Vaccination in the Punjab 1883-1896 - 1883-1896
Year: 1883
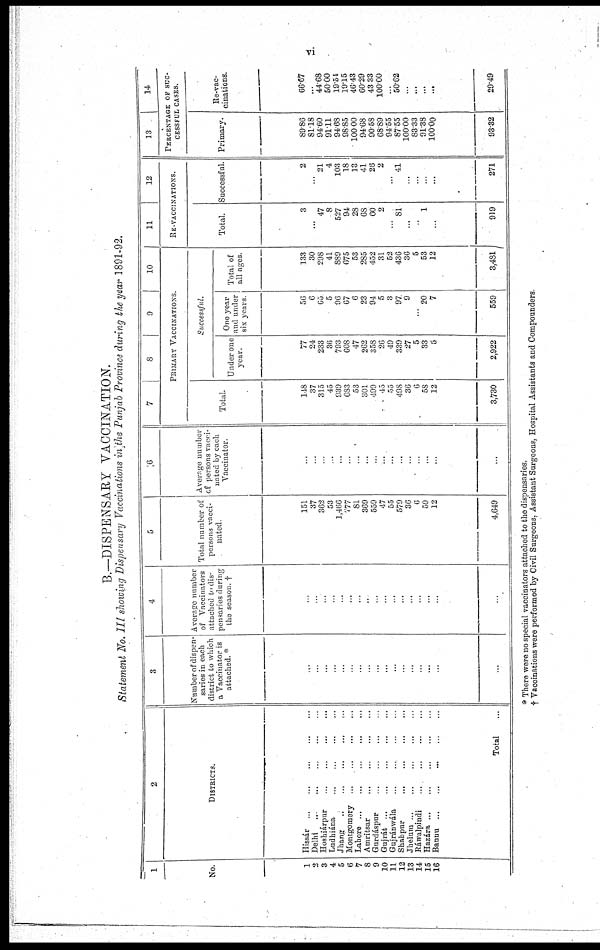
vi
B.— DISPENSARY VACCINATION.
Statement No. III showing Dispensary Vaccinations in the Punjab Province during the year 1891-92.
1
No.
1
2
3
4
5
6
7
8
9
10
11
12
13
14
15
16
2
DISTRICTS.
Hissár ... ... ... ... ...
Delhi ... ... ... ... ...
Hoshiárpur
...
...
...
...
...
Ludhiána ... ... ... ... ...
Jhang
...
...
...
...
...
Montgomery ... ... ... ... ...
Lahore
...
...
...
...
...
Amritsar
...
...
...
...
...
Gurdáspur
...
...
...
...
...
Gujrát
...
...
...
...
...
Gujránwála ... ... ... ... ...
Shahpur
...
...
...
...
...
Jhelum
...
...
...
...
...
Ráwalpindi
...
...
...
...
...
Hazára
...
...
...
...
...
Bannu
...
...
...
...
...
Total ...
3
Number of dispen-
saries in each
district to which
a Vaccinator is
attached. *
...
...
...
...
...
...
...
...
...
...
...
...
...
...
...
...
...
4
Average number
of Vaccinators
attached to dis-
pensaries during
the season. †
...
...
...
...
...
...
...
...
...
...
...
...
...
...
...
...
...
5
Total number of
persons vacci-
nated.
151
37
362
53
1,466
777
81
369
559
47
55
579
36
6
59
12
4,649
6
Average number
of persons vacci-
nated by each
Vaccinator.
...
...
...
...
...
...
...
...
...
...
...
...
...
...
...
...
...
7
8
9
10
PRIMARY VACCINATIONS.
Total.
148
37
315
45
939
683
53
301
499
45
55
498
36
6
58
12
3,730
Successful.
Under one
year.
77
24
233
36
793
608
47
262
358
26
49
339
27
5
33
5
2,922
One year
and under
six years.
56
6
65
5
96
67
6
23
94
5
3
97
9
...
20
7
559
Total of
all ages.
133
30
298
41
889
675
53
285
452
31
52
436
36
5
53
12
3,481
11
12
RE-VACCINATIONS.
Total.
3
47
8
527
94
28
68
60
2
...
81
...
...
1
919
Successful.
2
...
21
4
103
18
13
41
26
2
...
41
...
...
...
...
271
13
14
PERCENTAGE OF SUC-
------- CASES.
Primary.
89.86
81.18
94.60
91.11
94.68
98.85
100.00
94.68
90.58
68.89
94.55
87.55
100.00
83.33
91.38
100.00
93.32
Re-vac-
cinations.
66.67
...
44.68
50.00
19.54
19.15
46.43
60.29
43.33
100.00
...
50.62
...
...
...
...
29.49
* There were no special vaccinators attached to the dispensaries.
† Vaccinations were performed by Civil Surgeons, Assistant Surgeons, Hospital Assistants and Compounders.